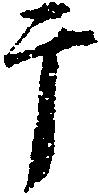
于